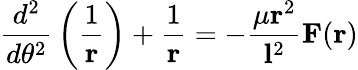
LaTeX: {\frac{d^{2}}{d\theta^{2}}}\left({\frac{1}{\mathbf{r}}}\right)+{\frac{1}{\mathbf{r}}}=-{\frac{\mu\mathbf{r}^{2}}{\mathbf{l}^{2}}}\mathbf{F}(\mathbf{r})